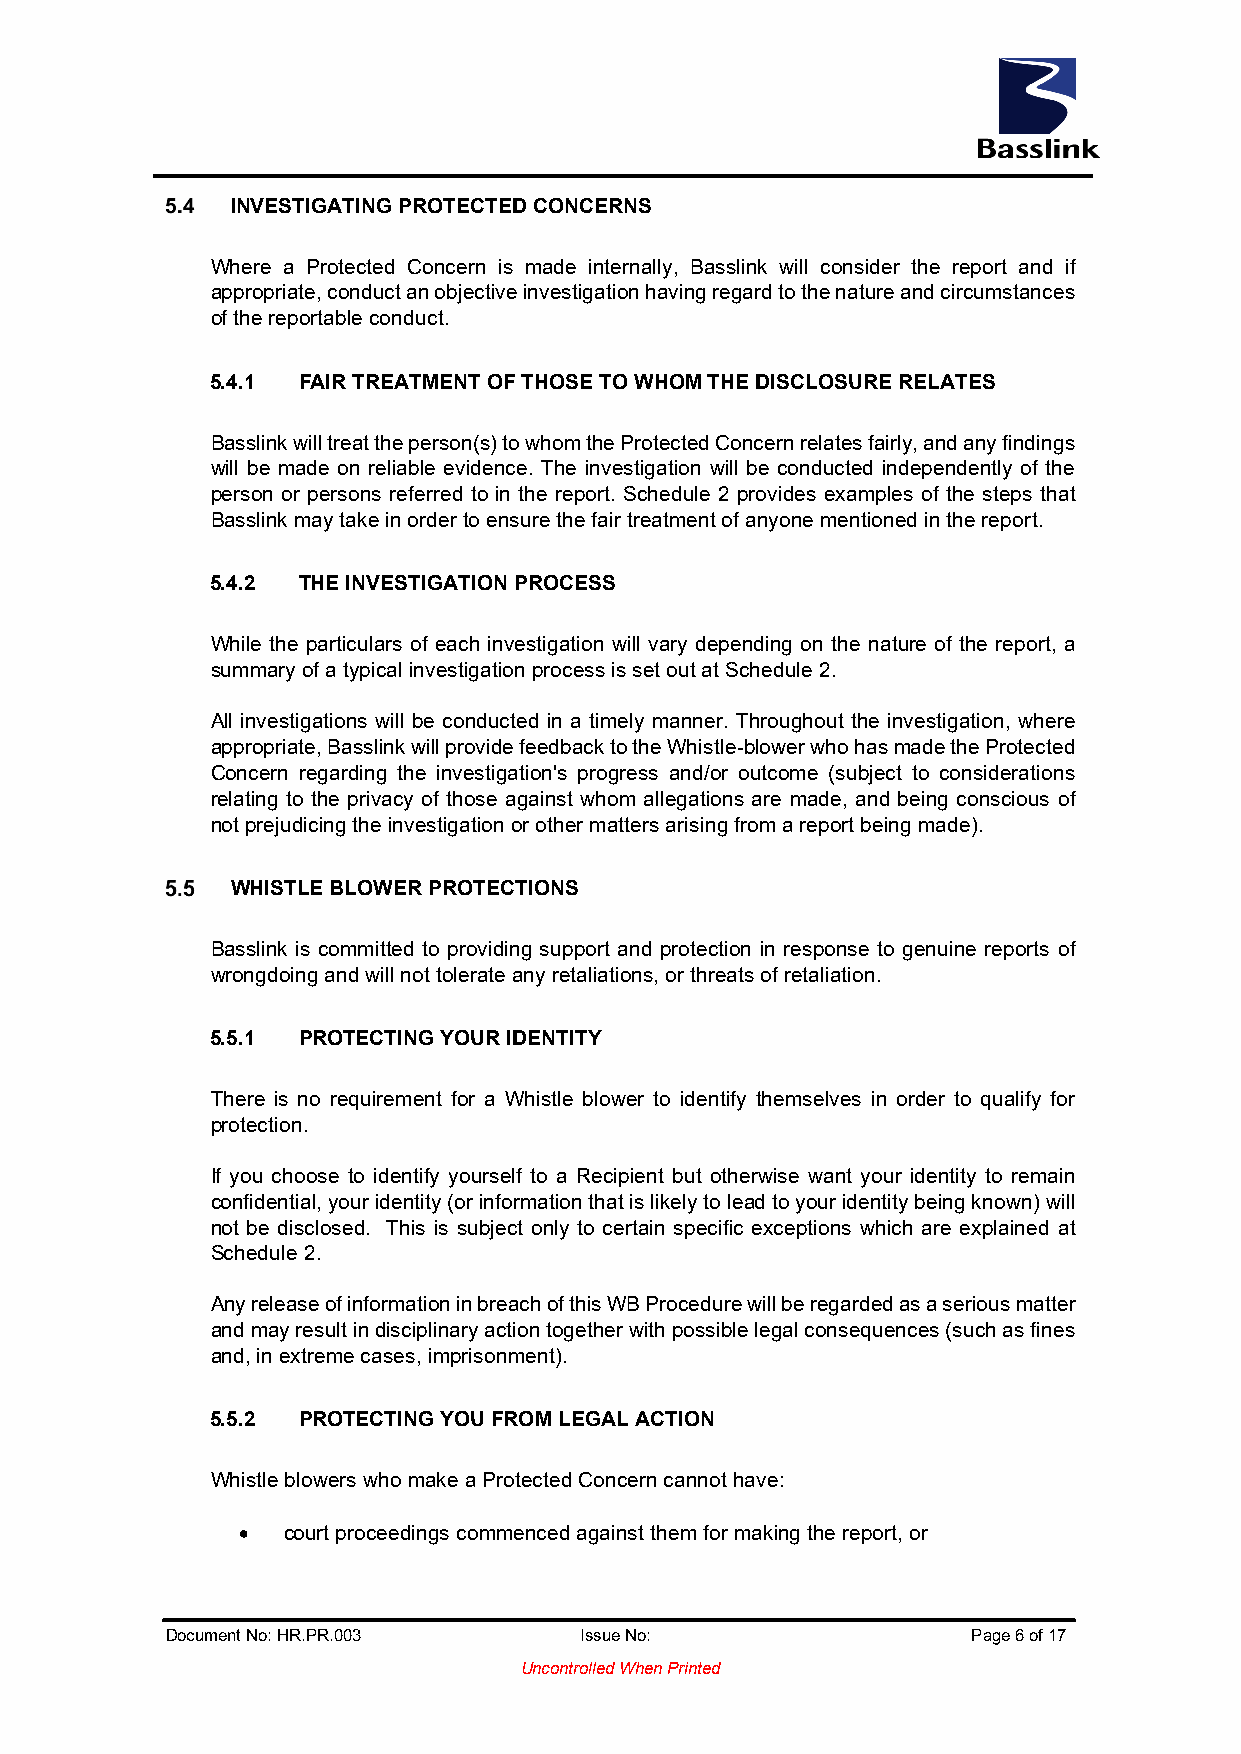
INVESTIGATING PROTECTED CONCERNS
 Where a Protected Concern is made internally, Basslink will consider the report and if
 appropriate, conduct an objective investigation having regard to the nature and circumstances
 of the reportable conduct.
 5.4.1 FAIR TREATMENT OF THOSE TO WHOM THE DISCLOSURE RELATES
 Basslink will treat the person(s) to whom the Protected Concern relates fairly, and any findings
 will be made on reliable evidence. The investigation will be conducted independently of the
 person or persons referred to in the report. Schedule 2 provides examples of the steps that
 Basslink may take in order to ensure the fair treatment of anyone mentioned in the report.
 5.4.2 THE INVESTIGATION PROCESS
 While the particulars of each investigation will vary depending on the nature of the report, a
 summary of a typical investigation process is set out at Schedule 2.
 All investigations will be conducted in a timely manner. Throughout the investigation, where
 appropriate, Basslink will provide feedback to the Whistle-blower who has made the Protected
 Concern regarding the investigation's progress and/or outcome (subject to considerations
 relating to the privacy of those against whom allegations are made, and being conscious of
 not prejudicing the investigation or other matters arising from a report being made).
 WHISTLE BLOWER PROTECTIONS
 Basslink is committed to providing support and protection in response to genuine reports of
 wrongdoing and will not tolerate any retaliations, or threats of retaliation.
 5.5.1 PROTECTING YOUR IDENTITY
 There is no requirement for a Whistle blower to identify themselves in order to qualify for
 protection.
 If you choose to identify yourself to a Recipient but otherwise want your identity to remain
 confidential, your identity (or information that is likely to lead to your identity being known) will
 not be disclosed. This is subject only to certain specific exceptions which are explained at
 Schedule 2.
 Any release of information in breach of this WB Procedure will be regarded as a serious matter
 and may result in disciplinary action together with possible legal consequences (such as fines
 and, in extreme cases, imprisonment).
 5.5.2 PROTECTING YOU FROM LEGAL ACTION
 Whistle blowers who make a Protected Concern cannot have:
 •  court proceedings commenced against them for making the report, or
 Document No: HR.PR.003     Issue No:                 Page 6 of 17
 Uncontrolled When Printed